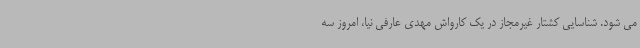
می شود. شناسایی کشتار غیرمجاز در یک کارواش مهدی عارفی نیا، امروز سه